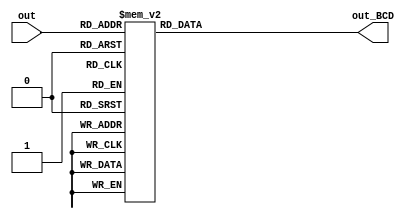
module toBCD(out, out_BCD);
    input [3:0] out;
    output [6:0] out_BCD;
    reg [6:0] out_BCD;
    always @(*) begin
        case (out)
            4'd0: out_BCD = 7'b0000001;   
            4'd1: out_BCD = 7'b1001111; 
            4'd2: out_BCD = 7'b0010010;  
            4'd3: out_BCD = 7'b0000110; 
            4'd4: out_BCD = 7'b1001100; 
            4'd5: out_BCD = 7'b0100100;  
            4'd6: out_BCD = 7'b0100000; 
            4'd7: out_BCD = 7'b0001111; 
            4'd8: out_BCD = 7'b0000000;  
            4'd9: out_BCD = 7'b0000100;
            4'd10: out_BCD = 7'b1111111; //empty
            default: out_BCD = 7'b1111110; // x
        endcase
    end
endmodule

module Clock_Divider (clk, reset, display_clk);
    input clk, reset;
    output reg display_clk;

    reg [16:0] d_counter;
    
    always @(posedge clk) begin
        d_counter <= (reset)? 1'b0 : d_counter + 1'b1;
    end

    always @(posedge clk) begin
        display_clk <= (reset)? 1'b0 : (d_counter == 17'b0);
    end
endmodule

module display_7seg (clk, reset, game_state, game_time, seg, an);
    input clk, reset;
    input [1:0] game_state;
    input [15:0] game_time; //
    output [6:0] seg;
    output [3:0] an;

    
    wire [6:0] next_seg;
    reg [6:0] seg;
    reg [3:0] an, next_an;
    reg [1:0] an_index;
    reg [3:0] displayed_item;
    
    reg [3:0] digit_00_01, digit_00_10, digit_01_00, digit_10_00;

    wire display_clk;

    Clock_Divider  c(clk, reset, display_clk);

    toBCD t(displayed_item, next_seg);

    wire [1:0] next_an_index = (display_clk == 1) ? an_index + 1 : an_index;

    always @(*) begin
        digit_00_01 = game_time % 16'd10;
        digit_00_10 = (game_time/16'd10) % 16'd10;
        digit_01_00 = (game_time/16'd100) % 16'd10;
        digit_10_00 = game_time/16'd1000;
    end

    always @(posedge clk) begin
        if (reset) begin
            seg <= 7'b1111111;
            an_index <= 2'b0;
            an <= 4'b1111;
        end
        else begin
            seg <= next_seg;
            an_index <= next_an_index;
            an <= next_an;
        end
    end

    always @(*) begin
        case (an_index)
            2'b11 : displayed_item = digit_10_00;
            2'b10 : displayed_item = digit_01_00;
            2'b01 : displayed_item = digit_00_10; 
            2'b00 : displayed_item = digit_00_01; 
        endcase
    end
    
    always @(*) begin
        case (an_index)
            2'b00 : next_an = 4'b1110; 
            2'b01 : next_an = 4'b1101; 
            2'b10 : next_an = 4'b1011; 
            2'b11 : next_an = 4'b0111; 
            default : next_an = 4'b1111;
        endcase 
    end
endmodule